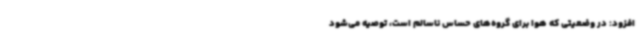
افزود: در وضعیتی که هوا برای گروه‌های حساس ناسالم است، توصیه می‌شود